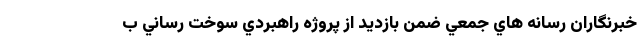
خبرنگاران رسانه هاي جمعي ضمن بازديد از پروژه راهبردي سوخت رساني ب